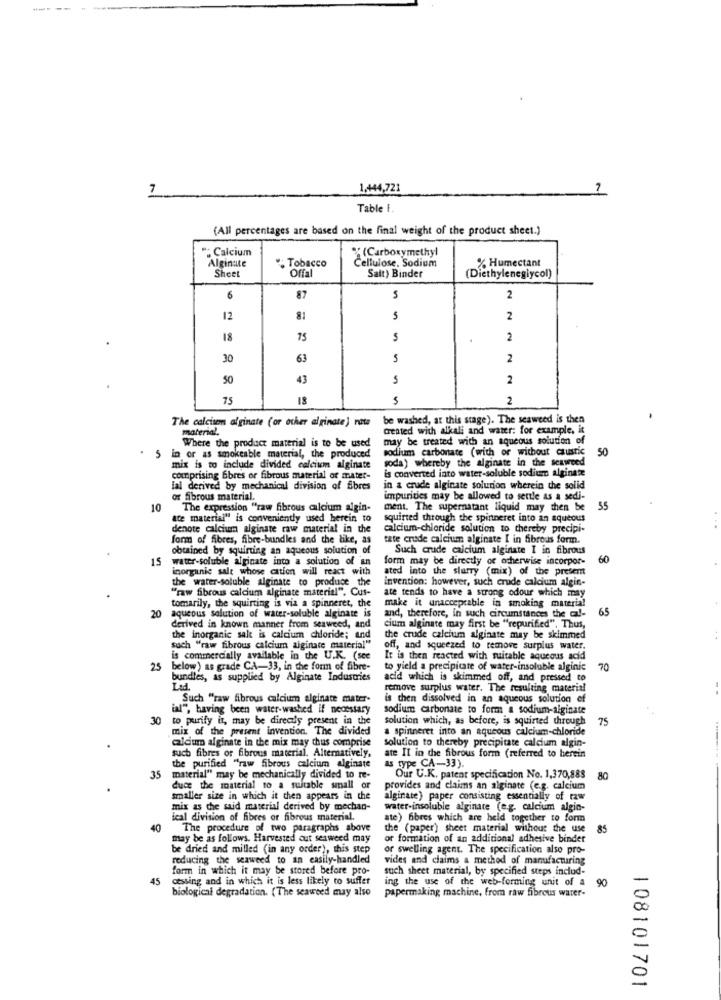
7
1,444,721
Table F.
(All percentages are based on the final weight of the product sheet.)
": Calcium
Alginate
" Tobacco
%(Carboxymethyl
Cellulose, Sodium
% Humectant
Shee
Offal
Salt) Binder
(Diethyleneglycol)
6
87
5
2
12
2
18
75
5
2
30
63
5
2
50
43
S
2
75
18
5
2
be washed, at this stage). The seaweed is then
The calcisem alginate (or other alginate) rate
material.
created with alkali and water: for example, it
Where the product material is to be used
may be treated with an aqueous solution of
5 in or as smokeable material, the produced
sodium carbonate (with or without caustic
50
soda) whereby the alginate in the seaweed
mix is to include divided calcium alginate
is converted into water-soluble sodium alginate
comprising bbres or fibrous material of matet-
lal derived by mechanical division of fibres
in a crude alginate solution wherein the solid
or fibrous material.
impurities may be allowed to settle as a sedi-
10
The expression "raw fibrous calcium algin-
ment. The supernatant liquid may then be
55
ate material" is conveniently used herein to
squirted through the spinneret into an aqueous
denote calcium alginate raw material in the
calcium-chloride solution to thereby precipi-
form of fibres, fibre-bundles and the like, as
tate crude calcium alginate I in fibrous form.
obtained by squirting an aqueous solution of
Such crude calcium alginate I in fibrous
15
water-soluble alginate into a solution of an
form may be directly or otherwise incorpor-
60
inorganic salt whose cation will react with
ated into the slurry (mix) of the present
the water-soluble alginate to produce the
invention: however, such crude calcium algin-
"raw fibrous calcium alginate material". Cus-
tomarily, the squirting is via a spinneret, the
ate tends to have a strong odour which may
20 aqueous solution of water-soluble alginate is
make it unacceptable in smoking material
65
and, therefore, in such circumstances the ca !-
derived in known manner from seaweed, and
cium alginate may first be "repurified", Thus,
the inorganic salt is calcium chloride; and
the crude calcium alginate may be skimmed
such "raw fibrous calcium alginate material"
off, and squeezed to remove surplus water.
is commercially available in the U.K. (see
It is then reacted with suitable aqueous acid
25
below ) as grade CA-33, in the form of fibre-
to yield a precipitare of water-insoluble alginic
70
bundles, as supplied by Alginate Industries
acid which is skimmed off, and pressed to
Ltd.
remove surplus water. The resulting material
Such "raw fibrous calcium alginate mater.
is then dissolved in an aqueous solution of
ial", having been water-washed if necessary
sodium carbonate to form a sodium-alginate
30 to purify it, may be direcdy present in the
solution which, as before, is squirted through
75
mix of the present invention. The divided
a spinneret into an aqueous calcium-chloride
caldum alginate in the mix may thus comprise
solution to thereby precipitate calcium algin-
such fibres or fibrous material. Alternatively,
ate IL in the fibrous form (referred to herein
the purified "raw fibrous calcium alginate
as type CA-33).
35 material" may be mechanically divided to re-
Our U.K. patent specification No. 1,370,888
80
duce the material to a suitable small or
provides and claims an alginate (e.g. calcium
smaller size in which it then appears in the
alginate} paper consisting essentially of raw
mix as the said material derived by mechan-
water-insoluble alginate (e.g. calcium algin-
ical division of fibres or fibrous material.
ate) fibres which are held together to form
40
The procedure of two paragraphs above
the (paper) sheet material without the use
85
may be as follows. Harvested cut seaweed may
or formation of an additional adhesive binder
be dried and milled (in any order), this step
or swelling agent. The specification also pro-
reducing the seaweed to an easily-handled
vides and claims a method of manufacturing
form in which it may be stored before pro-
such sheet material, by specified steps includ-
45
cessing and in which it is less likely to suffer
biological degradation. (The seaweed may also
ing the use of the web-forming unit of a 90
papermaking machine, from raw fibrous water-
108101701